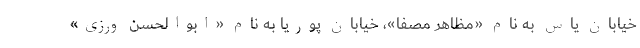
خیابان یاس به نام «مظاهر مصفا»، خیابان پوریا به نام «ابوالحسن ورزی»